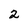
Character: 2